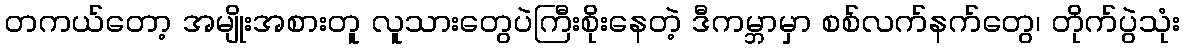
တကယ်တော့ အမျိုးအစားတူ လူသားတွေပဲကြီးစိုးနေတဲ့ ဒီကမ္ဘာမှာ စစ်လက်နက်တွေ၊ တိုက်ပွဲသုံး